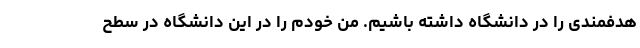
هدفمندی را در دانشگاه داشته باشیم. من خودم را در این دانشگاه در سطح